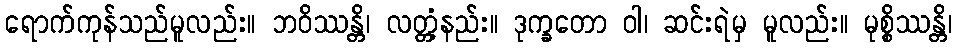
ရောက်ကုန်သည်မူလည်း။ ဘဝိဿန္တိ၊ လတ္တံ့နည်း။ ဒုက္ခတော ဝါ၊ ဆင်းရဲမှ မူလည်း။ မုစ္စိဿန္တိ၊